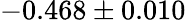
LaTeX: -0.468\pm 0.010